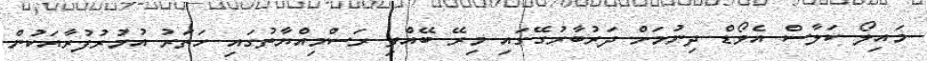
މައިލޯ ކަލާސް އެވޯޑް ދިނުމަށް ދަރުބާރުގޭގައި މިރޭ ބޭއްވި ރަސްމިއްޔާތުގައި ހަތަރު އުމުރުފުރާއަކުން